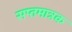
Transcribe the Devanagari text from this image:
सप्तमात्रक